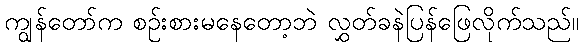
ကျွန်တော်က စဉ်းစားမနေတော့ဘဲ လွှတ်ခနဲပြန်ဖြေလိုက်သည်။